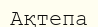
Ақтепа